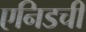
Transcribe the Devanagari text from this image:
एनिडची